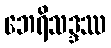
ဘေရိသဒ္ဒဿ